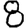
Digit: 8